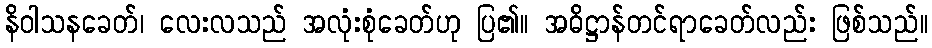
နိဝါသနခေတ်၊ လေးလသည် အလုံးစုံခေတ်ဟု ပြ၏။ အဓိဋ္ဌာန်တင်ရာခေတ်လည်း ဖြစ်သည်။